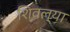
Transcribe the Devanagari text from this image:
शिवल्या